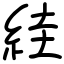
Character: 絓